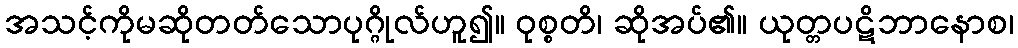
အသင့်ကိုမဆိုတတ်သောပုဂ္ဂိုလ်ဟူ၍။ ဝုစ္စတိ၊ ဆိုအပ်၏။ ယုတ္တပဋိဘာနောစ၊